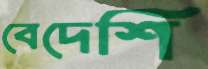
বেদেশি